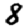
Digit: 8